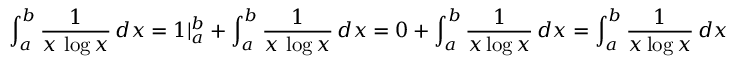
\int _ { a } ^ { b } { \frac { 1 } { x \, \log x } } \, d x = 1 | _ { a } ^ { b } + \int _ { a } ^ { b } { \frac { 1 } { x \, \log x } } \, d x = 0 + \int _ { a } ^ { b } { \frac { 1 } { x \log x } } \, d x = \int _ { a } ^ { b } { \frac { 1 } { x \log x } } \, d x